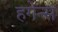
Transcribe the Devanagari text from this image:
हगेन्स